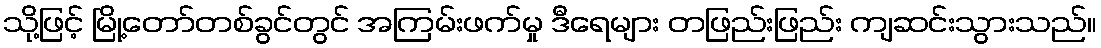
သို့ဖြင့် မြို့တော်တစ်ခွင်တွင် အကြမ်းဖက်မှု ဒီရေများ တဖြည်းဖြည်း ကျဆင်းသွားသည်။